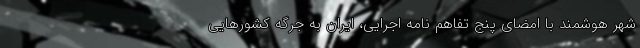
شهر هوشمند با امضای پنج تفاهم نامه اجرایی، ایران به جرگه کشورهایی